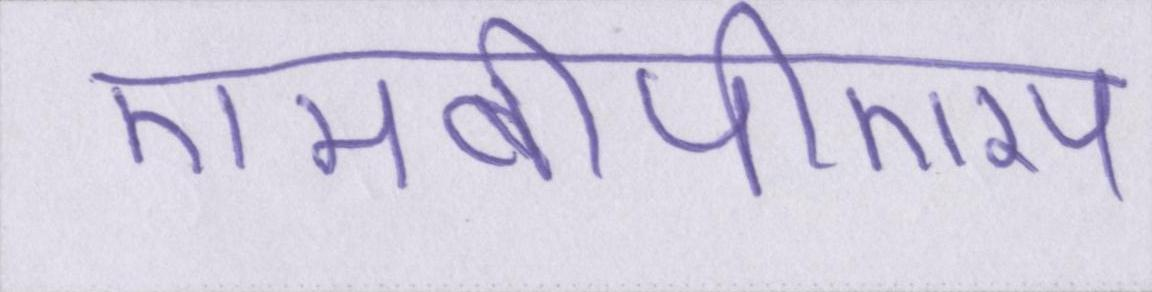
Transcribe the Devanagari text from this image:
एमबीपीएस